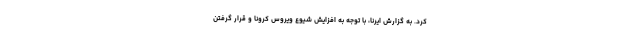
کرد. به گزارش ایرنا، با توجه به افزایش شیوع ویروس کرونا و قرار گرفتن